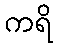
ကရိ